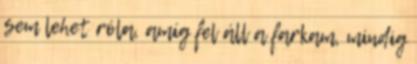
sem lehet róla, amíg fel áll a farkam, mindig